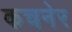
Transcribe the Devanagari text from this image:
कचनेर